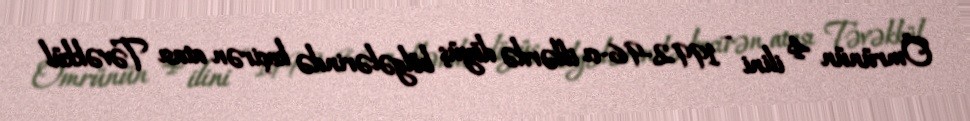
Ömrünün 4 ilini - 1992-96-cı illərdə döyüş bölgələrində keçirən atası Təvəkkül